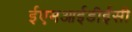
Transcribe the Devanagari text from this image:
ईएमआईडीईसी